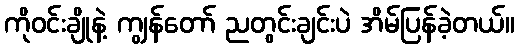
ကိုဝင်းချိုနဲ့ ကျွန်တော် ညတွင်းချင်းပဲ အိမ်ပြန်ခဲ့တယ်။